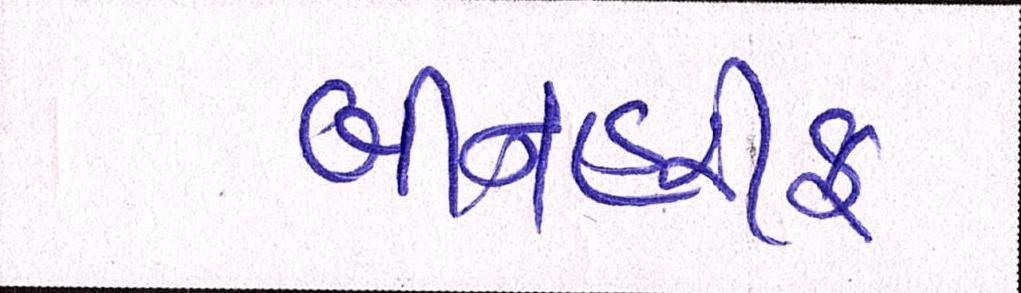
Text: બીનહરીફ